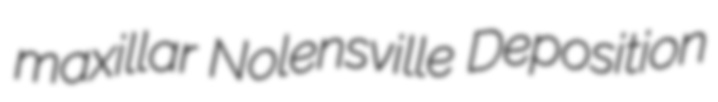
maxillar Nolensville Deposition